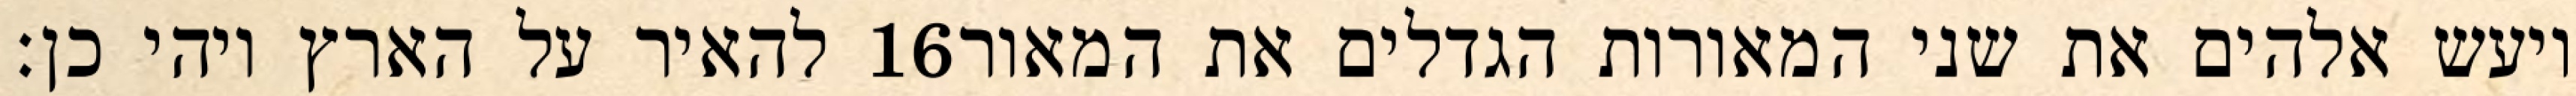
להאיר על הארץ ויהי כן׃ ‎16‏ ויעש אלהים את שני המאורות הגדלים את המאור